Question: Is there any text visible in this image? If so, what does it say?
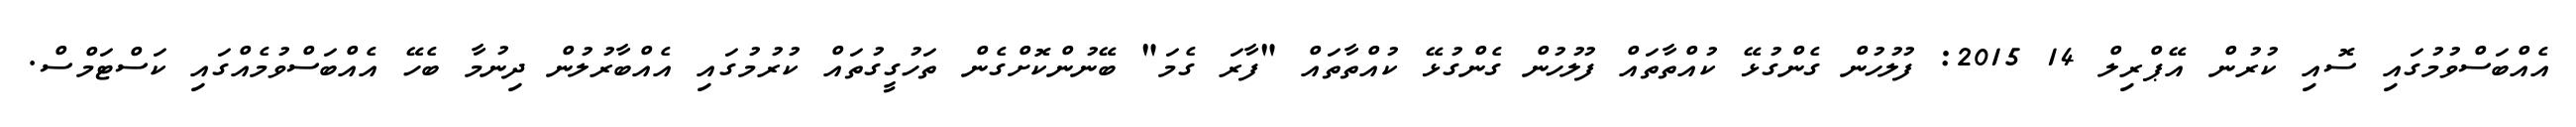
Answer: އެއްބަސްވުމުގައި ސޮއި ކުރުން އޭޕްރިލް 14 2015: ފުލުހުން ގެންގުޅޭ ކުއްތާތައް ފުލުހުން ގެންގުޅޭ ކުއްތާތައް "ފާރަ ގެމަ" ބޭނުންކޮށްގެން ތަހުގީގުތައް ކުރުމުގައި އެއްބާރުލުން ދިނުމާ ބެހޭ އެއްބަސްވުމެއްގައި ކަސްޓަމްސް.